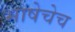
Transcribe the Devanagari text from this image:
भाषेचेच